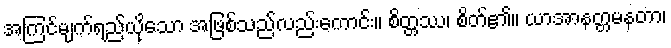
အကြင်မျက်ရည်ယိုသော အဖြစ်သည်လည်းကောင်း။ စိတ္တဿ၊ စိတ်၏။ ယာအာနတ္တမနတာ၊